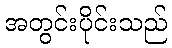
အတွင်းပိုင်းသည်